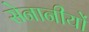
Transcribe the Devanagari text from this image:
सेनानीयों